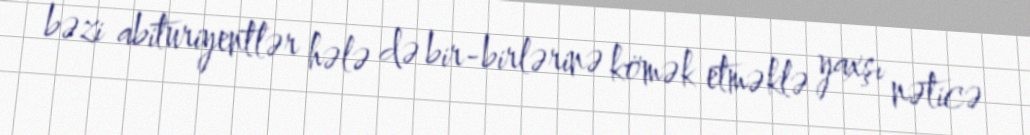
bəzi abituriyentlər hələ də bir-birlərinə kömək etməklə yaxşı nəticə